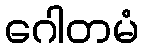
ဂေါတမံ